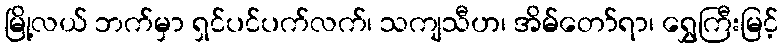
မြို့လယ် ဘက်မှာ ရှင်ပင်ပက်လက်၊ သကျသီဟ၊ အိမ်တော်ရာ၊ ရွှေကြီးမြင့်